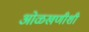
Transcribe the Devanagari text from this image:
ओळखणीशी